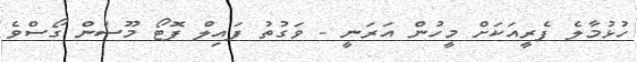
ހުޅުމާލެ ފެރީއަކަށް މީހުން އަރަނީ - ވަގުތު ފައިލް ފޮޓޯ މޫސުން ގޯސްވެ